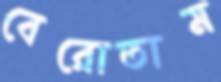
বেরোতাম